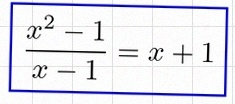
\frac{x^2-1}{x-1}=x+1